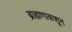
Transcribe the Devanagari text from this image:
ब्राह्मणाकशून